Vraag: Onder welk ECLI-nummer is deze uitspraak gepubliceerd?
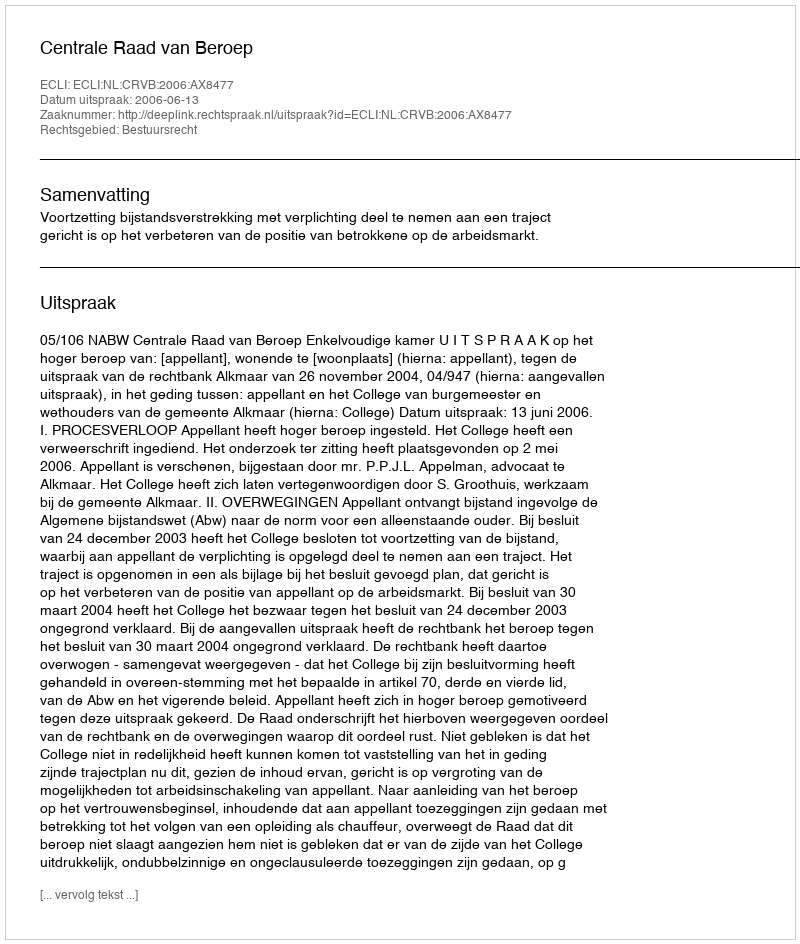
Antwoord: ECLI:NL:CRVB:2006:AX8477